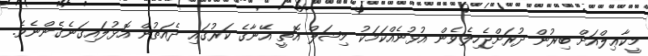
މީކާޢިލްއަށް ބިރުން ދުރަށްޖެހިލެވެން އުޅުނެއްކަމަކު މިޝަލް އޮތީ އޭނާގެ ކަރުގައި ދެއަތުން އޮޅުލައިގަނެގެންނެވެ.